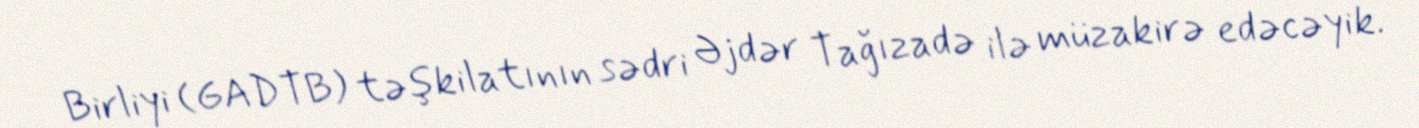
Birliyi (GADTB) təşkilatının sədri Əjdər Tağızadə ilə müzakirə edəcəyik.